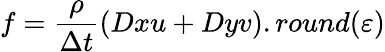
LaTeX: f=\frac{\rho}{\Delta t}(Dxu+Dyv).round(\varepsilon)